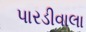
પારડીવાલા